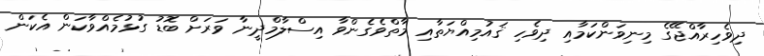
ދިވެހިރާއްޖޭގެ މިނިވަންކަމާއި ދިވެހި ޤައުމިއްޔަތާއި މާތްވެގެންވާ އިސްލާމްދީނާ ވަރަށް ބޮޑު ގުޅުމެއްވާކަން އެކަން